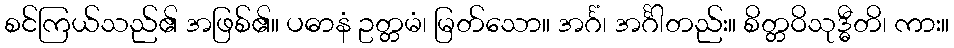
စင်ကြယ်သည်၏ အဖြစ်၏။ ပဓာနံ ဥတ္တမံ၊ မြတ်သော။ အင်္ဂံ၊ အင်္ဂါတည်း။ စိတ္တဝိသုဒ္ဓီတိ၊ ကား။